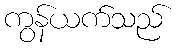
ကွန်ယက်သည်